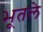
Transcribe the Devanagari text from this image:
भूतले